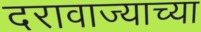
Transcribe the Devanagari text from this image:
दरावाज्याच्या